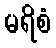
မရိစံ